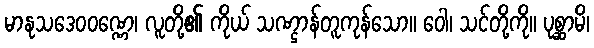
မာနုသဒေဝဝဏ္ဏေ၊ လူတို့၏ ကိုယ် သဏ္ဌာန်တူကုန်သော။ ဝေါ၊ သင်တို့ကို။ ပုစ္ဆာမိ၊